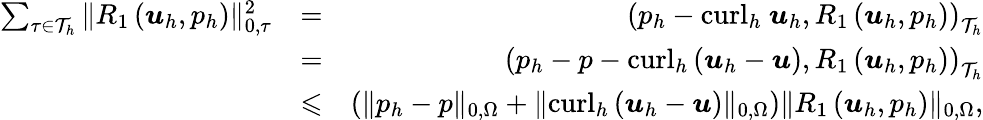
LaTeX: \begin{array}{rlr}{\sum_{\tau\in\mathcal{T}_{h}}\| R_{1}\left(\boldsymbol{u}_{h},p_{h}\right)\| _{0,\tau}^{2}}&{=}&{\left(p_{h}-\mathrm{curl}_{h}~\boldsymbol{u}_{h},R_{1}\left(\boldsymbol{u}_{h},p_{h}\right)\right)_{\mathcal{T}_{h}}}\\ &{=}&{\left(p_{h}-p-\mathrm{curl}_{h}\left(\boldsymbol{u}_{h}-\boldsymbol{u}\right),R_{1}\left(\boldsymbol{u}_{h},p_{h}\right)\right)_{\mathcal{T}_{h}}}\\ &{\leqslant}&{\left(\| p_{h}-p\| _{0,\Omega}+\| \mathrm{curl}_{h}\left(\boldsymbol{u}_{h}-\boldsymbol{u}\right)\| _{0,\Omega}\right)\| R_{1}\left(\boldsymbol{u}_{h},p_{h}\right)\| _{0,\Omega},}\end{array}